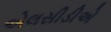
એલસીડીએ